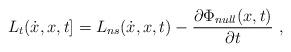
LaTeX: \begin{align*}L_{t}(\dot{x},x,t]= L_{ns}(\dot{x},x,t) - \frac{\partial \Phi_{null} (x,t)}{\partial t}\ ,\end{align*}